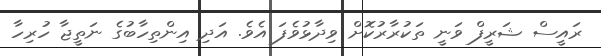
ރައީސް ޝަރީފް ވަނީ ތަކުރާރުކޮށް ވިދާޅުވެފަ އެވެ. އަދި އިންތިހާބުގެ ނަތީޖާ ހުރިހާ